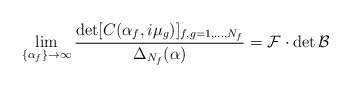
\begin{align*} \lim_{\{\alpha_f\}\to\infty} \frac{\det[C(\alpha_f,i\mu_g)]_{f,g=1,\dots,N_f}} {\Delta_{N_f}(\alpha)} = \mathcal{F}\cdot\det\mathcal{B}\end{align*}